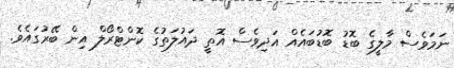
ނަމަވެސް މާލީގެ ބޮޑު ބޮޑުބައެއް އަދިވެސް އޮތީ ދައުލަތުގެ ކޮންޓްރޯލް އިން ބޭރުގައެވެ.